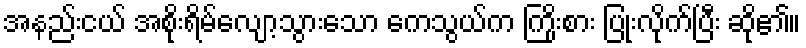
အနည်းငယ် အစိုးရိမ်လျော့သွားသော ကေသွယ်က ကြိုးစား ပြုံးလိုက်ပြီး ဆို၏။